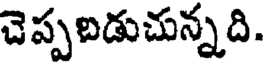
చెప్పబడుచున్నది.